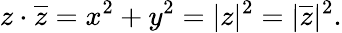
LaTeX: z\cdot{\overline{{z}}}=x^{2}+y^{2}=|z|^{2}=|{\overline{{z}}}|^{2}.